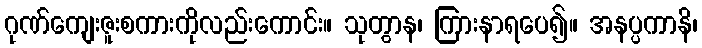
ဂုဏ်ကျေးဇူးစကားကိုလည်းကောင်း။ သုတွာန၊ ကြားနာရပေ၍။ အနပ္ပကာနိ၊